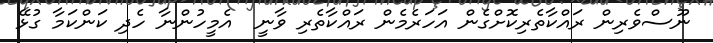
ނޫސްވެރިން ރައްކާތެރިކޮށްގެން އަހަރެމެން ރައްކާތެރި ވާނީ  އެމީހުންނާ ހެދި ކަންކަމާ ގުޅޭ